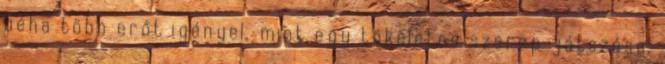
néha több erőt igényel, mint egy tökéletes szerep játszása,